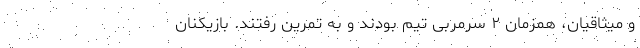
و میثاقیان، همزمان ۲ سرمربی تیم بودند و به تمرین رفتند. بازیکنان